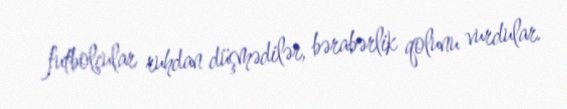
futbolçular ruhdan düşmədilər, bərabərlik qolunu vurdular.